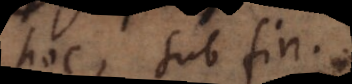
hoc, sub fin.